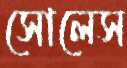
সোলেস